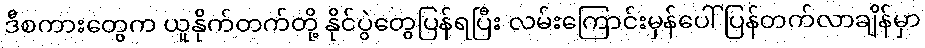
ဒီစကားတွေက ယူနိုက်တက်တို့ နိုင်ပွဲတွေပြန်ရပြီး လမ်းကြောင်းမှန်ပေါ် ပြန်တက်လာချိန်မှာ